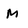
Character: M